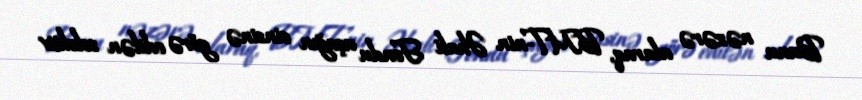
Bunu nəzərə alaraq, BMT-nin Əhali Fondu uşağın cinsinə görə edilən selektiv